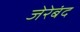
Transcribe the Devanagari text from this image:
जेरेबंद